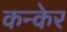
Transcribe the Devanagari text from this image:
कन्केर